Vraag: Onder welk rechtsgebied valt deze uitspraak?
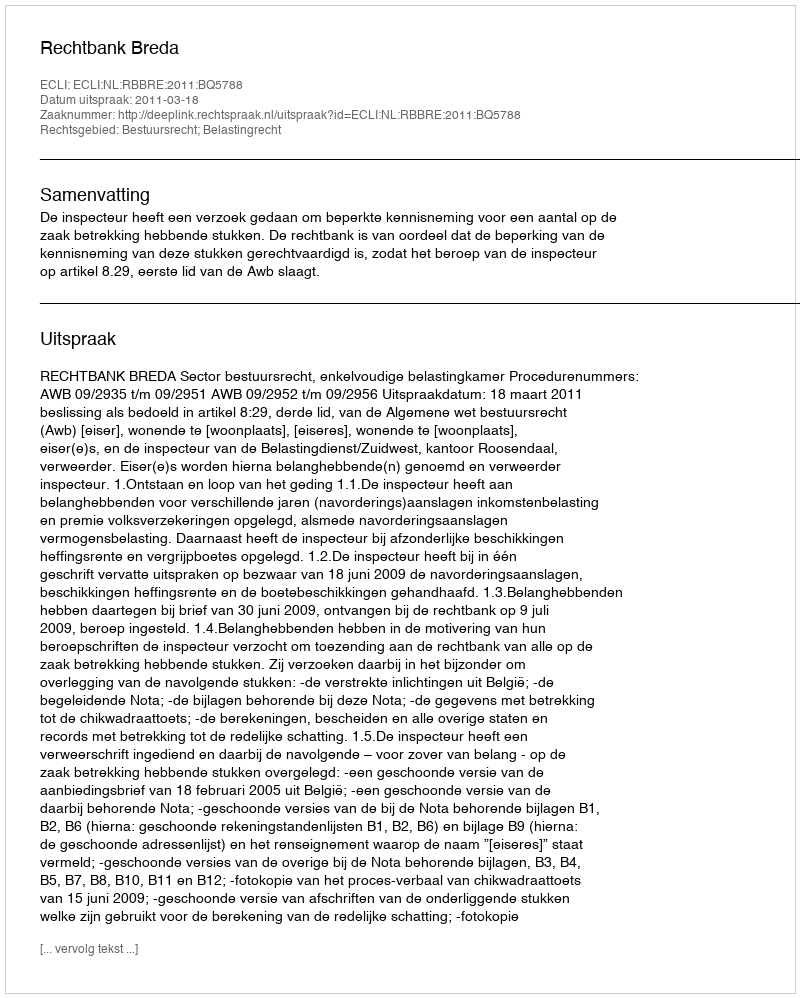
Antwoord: Bestuursrecht; Belastingrecht